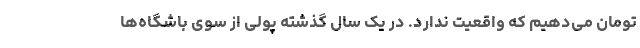
تومان می‌دهیم که واقعیت ندارد. در یک سال گذشته پولی از سوی باشگاه‌ها